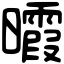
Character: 𣌊